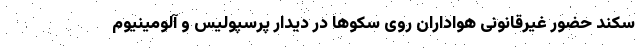
سکند حضور غیرقانونی هواداران روی سکوها در دیدار پرسپولیس و آلومینیوم